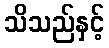
သိသည်နှင့်